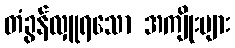
တံခွန်လှူရသော အကျိုးများ